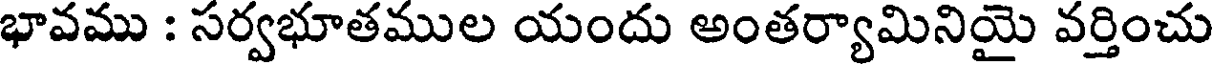
భావము : సర్వభూతముల యందు అంతర్యామినియై వర్తించు